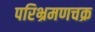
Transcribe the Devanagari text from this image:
परिभ्रमणचक्र